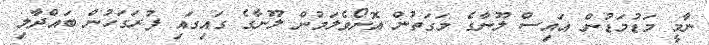
ނާމީ މަޑުމަޑުން އައިސް ލޫނާގެ މަގަތުން އޮށޯވެލަމުން ލޫނާގެ ގައިގައި ފުރަގަހުން ބައްދާލި